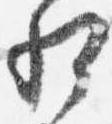
相